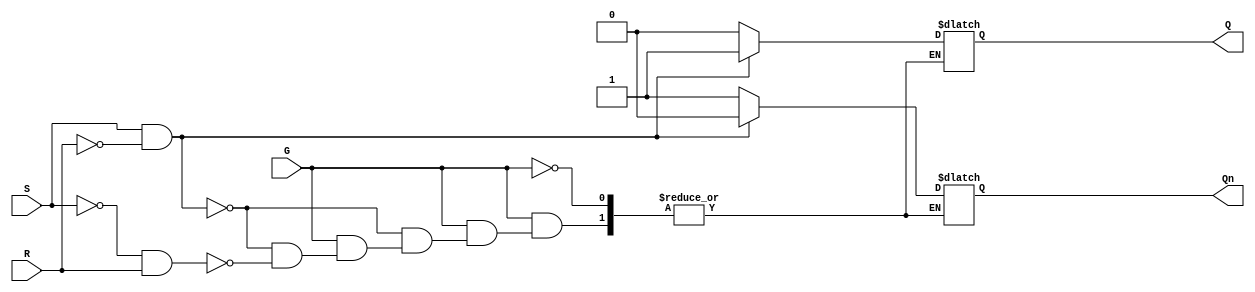
module gated_sr_latch (
    input wire S,      // Set input
    input wire R,      // Reset input
    input wire G,      // Enable input
    output reg Q,      // Primary output
    output reg Qn      // Complementary output (not Q)
);

always @(*) begin
    if (G) begin
        // When G (Enable) is high
        if (S && ~R) begin
            Q = 1'b1;   // Set Q high
            Qn = 1'b0;  // Set Qn low
        end else if (~S && R) begin
            Q = 1'b0;   // Reset Q low
            Qn = 1'b1;  // Set Qn high
        end else if (S && R) begin
            // Indeterminate state: can leave it unchanged
            // or we could set Q and Qn to some predefined state if required
            // For this example, behavior in this condition is left unspecified.
        end else begin
            // Maintain previous state if both S and R are low
            // No change to Q and Qn
        end
    end
end

endmodule